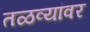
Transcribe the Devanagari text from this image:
तळव्यांवर